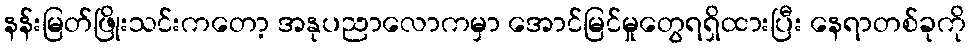
နန်းမြတ်ဖြိုးသင်းကတော့ အနုပညာလောကမှာ အောင်မြင်မှုတွေရရှိထားပြီး နေရာတစ်ခုကို